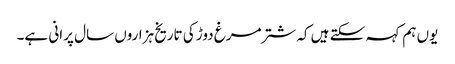
یوں ہم کہہ سکتے ہیں کہ شترمرغ دوڑ کی تاریخ ہزاروں سال پرانی ہے۔